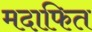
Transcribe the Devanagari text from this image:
मदाफित